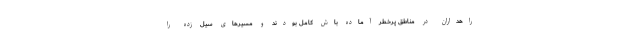
راهداران در مناطق پرخطر آماده باش کامل بودند و مسیرهای سیل زده را